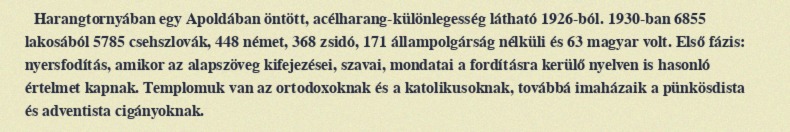
Harangtornyában egy Apoldában öntött, acélharang-különlegesség látható 1926-ból. 1930-ban 6855 lakosából 5785 csehszlovák, 448 német, 368 zsidó, 171 állampolgárság nélküli és 63 magyar volt. Első fázis: nyersfodítás, amikor az alapszöveg kifejezései, szavai, mondatai a fordításra kerülő nyelven is hasonló értelmet kapnak. Templomuk van az ortodoxoknak és a katolikusoknak, továbbá imaházaik a pünkösdista és adventista cigányoknak.